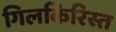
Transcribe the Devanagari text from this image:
गिलकिरिस्त